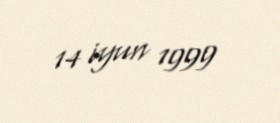
14 iyun 1999